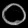
Digit: ၀